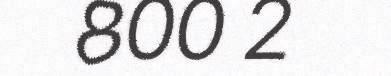
800 2